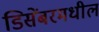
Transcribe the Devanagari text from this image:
डिसेंबरमधील